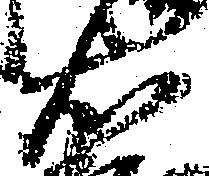
右